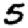
Digit: 5